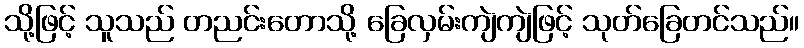
သို့ဖြင့် သူသည် တညင်းတောသို့ ခြေလှမ်းကျဲကျဲဖြင့် သုတ်ခြေတင်သည်။